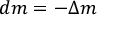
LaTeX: d m = - \Delta m